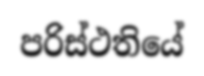
පරිස්ථතියේ